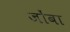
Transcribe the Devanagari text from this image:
जोंबा